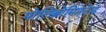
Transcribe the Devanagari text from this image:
पोलिब्रोमिनेटेड